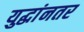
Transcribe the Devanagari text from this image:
युद्धांनतर